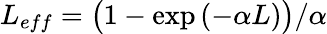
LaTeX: L_{eff}=\big(1-\exp{(-\alpha L)}\big)/\alpha